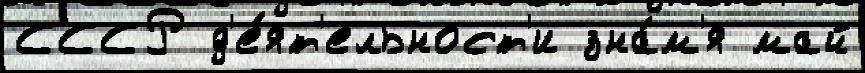
СССР д'е́ят'ельност'и зна́м'я май